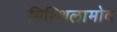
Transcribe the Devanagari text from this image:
मिथ्थिलामोद